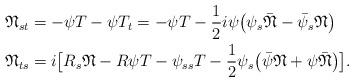
LaTeX: \begin{align*}\mathfrak{N}_{st} &=-\psi T-\psi T_{t}=-\psi T-\frac{1}{2}i\psi\big(\psi_{s}\bar{\mathfrak{N}}-\bar{\psi}_{s}\mathfrak{N}\big)\\\mathfrak{N}_{ts} &= i\big[R_{s}\mathfrak{N}-R\psi T-\psi_{ss}T-\frac{1}{2}\psi_{s}\big(\bar{\psi}\mathfrak{N}+\psi\bar{\mathfrak{N}}\big)\big].\end{align*}